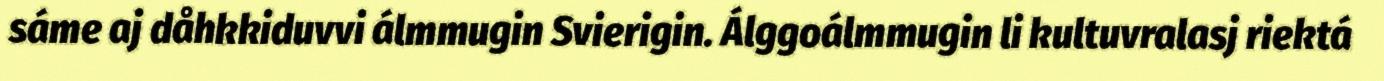
sáme aj dåhkkiduvvi álmmugin Svierigin. Álggoálmmugin li kultuvralasj riektá